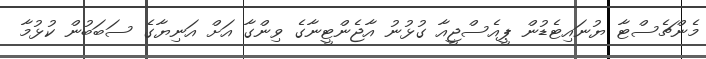
މެންޗެސްޓާ ޔުނައިޓެޑުން ޕީއެސްޖީއާ ގުޅުނު އާޖެންޓީނާގެ ވިންގާ އަށް އަނިޔާގެ ސަބަބުން ކުޅުމާ